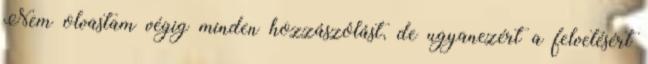
Nem olvastam végig minden hozzászólást, de ugyanezért a felvetésért